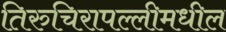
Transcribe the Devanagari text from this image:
तिरुचिरापल्लीमधील